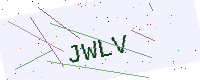
Text: JWLV